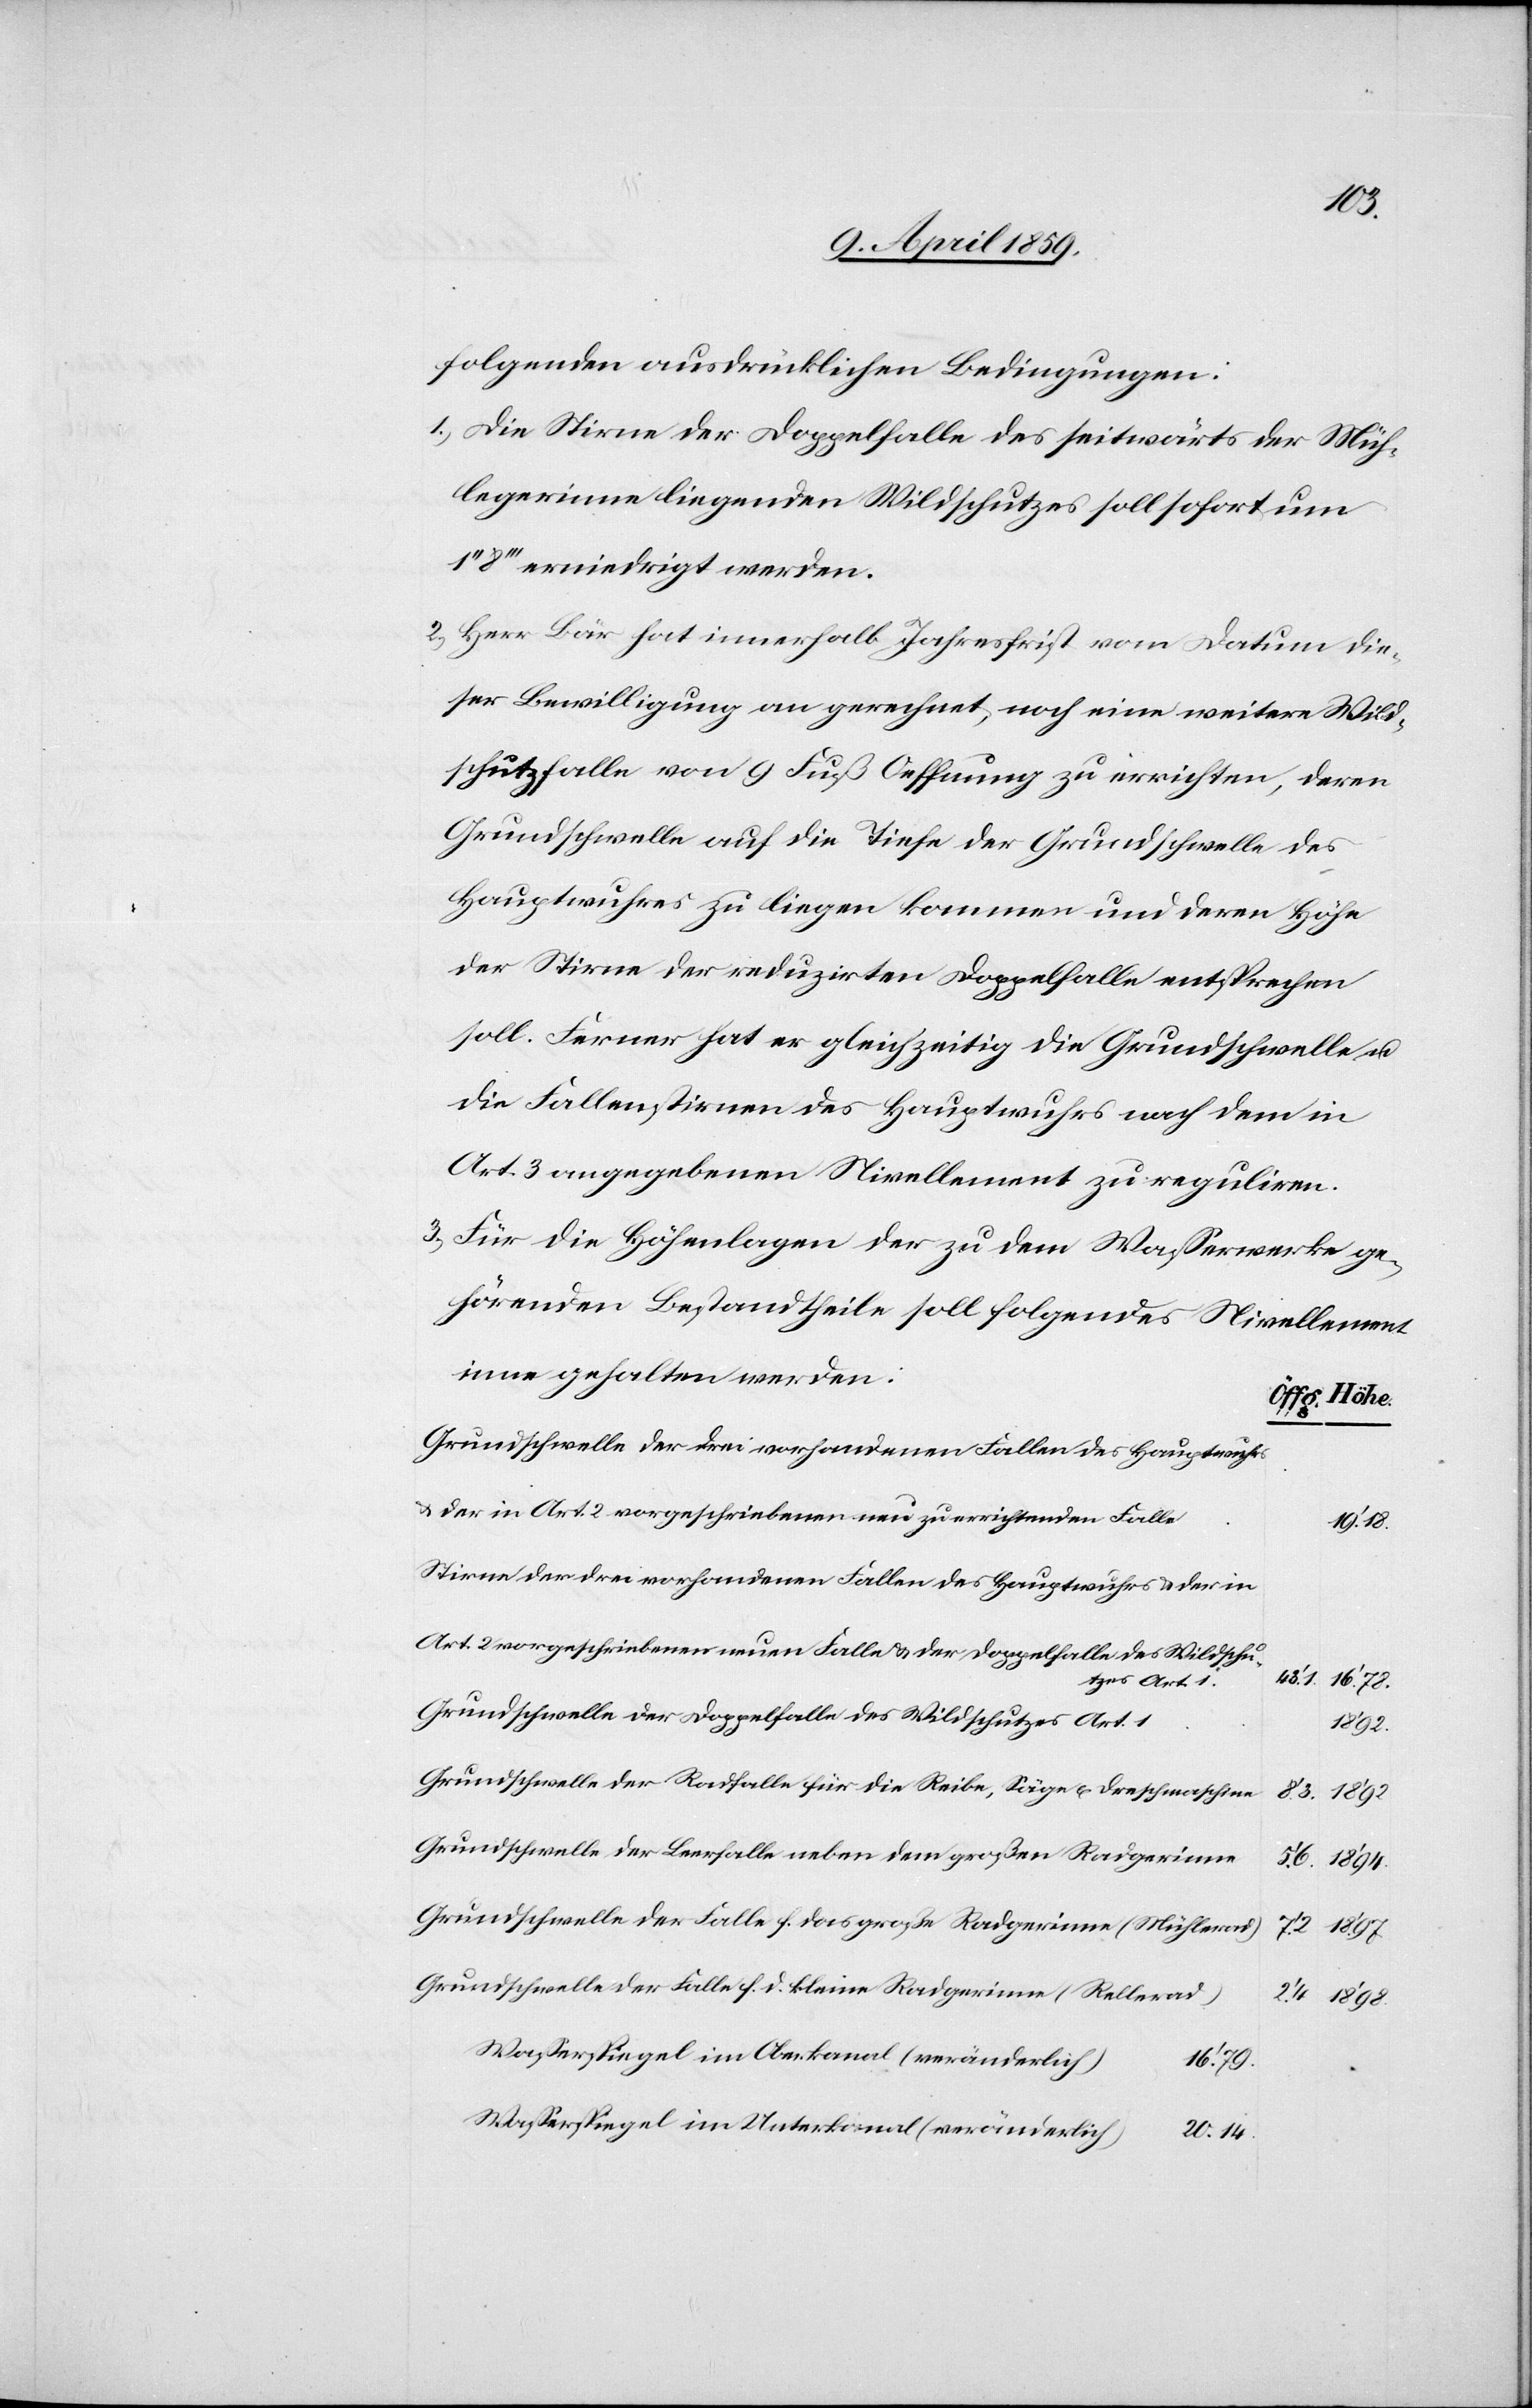
7‘.2.
folgenden ausdrücklichen Bedingungen:
1) Die Stirne der Doppelfalle des seitwärts der Müh¬
legerinne liegenden Wildschutzes soll sofort um
8‘‘‘ erniedrigt werden.
2) Herr Bär hat innerhalb Jahresfrist vom Datum die¬
ser Bewilligung an gerechnet, noch eine weitere Wild¬
schutzfalle von 9 Fuß Oeffnung zu errichten, deren
Grundschwelle auf die Tiefe der Grundschwelle des
Hauptwuhres zu liegen kommen und deren Höhe
der Stirne der reduzirten Doppelfalle entsprechen
soll. Ferner hat er gleichzeitig die Grundschwelle u.
die Fallenstirnen des Hauptwuhres nach dem in
Art. 3 angegebenen Nivellement zu reguliren.
3) Für die Höhenlagen der zu dem Waßerwerke ge¬
hörenden Bestandtheile soll folgendes Nivellement
inne gehalten werden:
Höhe.
Grundschwelle der drei vorhandenen Fallen des Hauptwuhrs
& der in Art. 2 vorgeschriebenen neu zu errichtenden Falle
19‘.18.
Stirne der drei vorhandenen Fallen des Hauptwuhres u. der in
Art. 2 vorgeschriebenen neuen Falle & der Doppelfalle des Wildschu¬
48‘.1.
tzes Art. 1.
Grundschwelle der Doppelfalle des Wildschutzes Art. 1
18‘.98.
Grundschwelle der Radfalle für die Reibe, Säge u. Dreschmaschine
Grundschwelle der Leerfalle neben dem großen Radgerinne
Grundschwelle der Falle f. das große Radgerinne (Mühlerad)
Grundschwelle der Falle f. d. kleine Radgerinne (Rellerad)
Waßerspiegel im Oberkanal (veränderlich)
16‘.79.
Waßerspiegel im Unterkanal (veränderlich)
20‘.14.